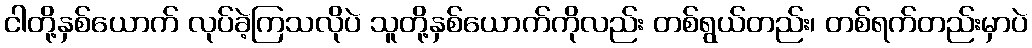
ငါတို့နှစ်ယောက် လုပ်ခဲ့ကြသလိုပဲ သူတို့နှစ်ယောက်ကိုလည်း တစ်ရွယ်တည်း၊ တစ်ရက်တည်းမှာပဲ